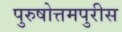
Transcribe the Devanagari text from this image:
पुरुषोत्तमपुरीस